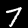
Label: 7